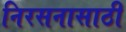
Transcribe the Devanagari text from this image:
निरसनासाठी